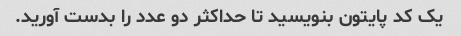
یک کد پایتون بنویسید تا حداکثر دو عدد را بدست آورید.